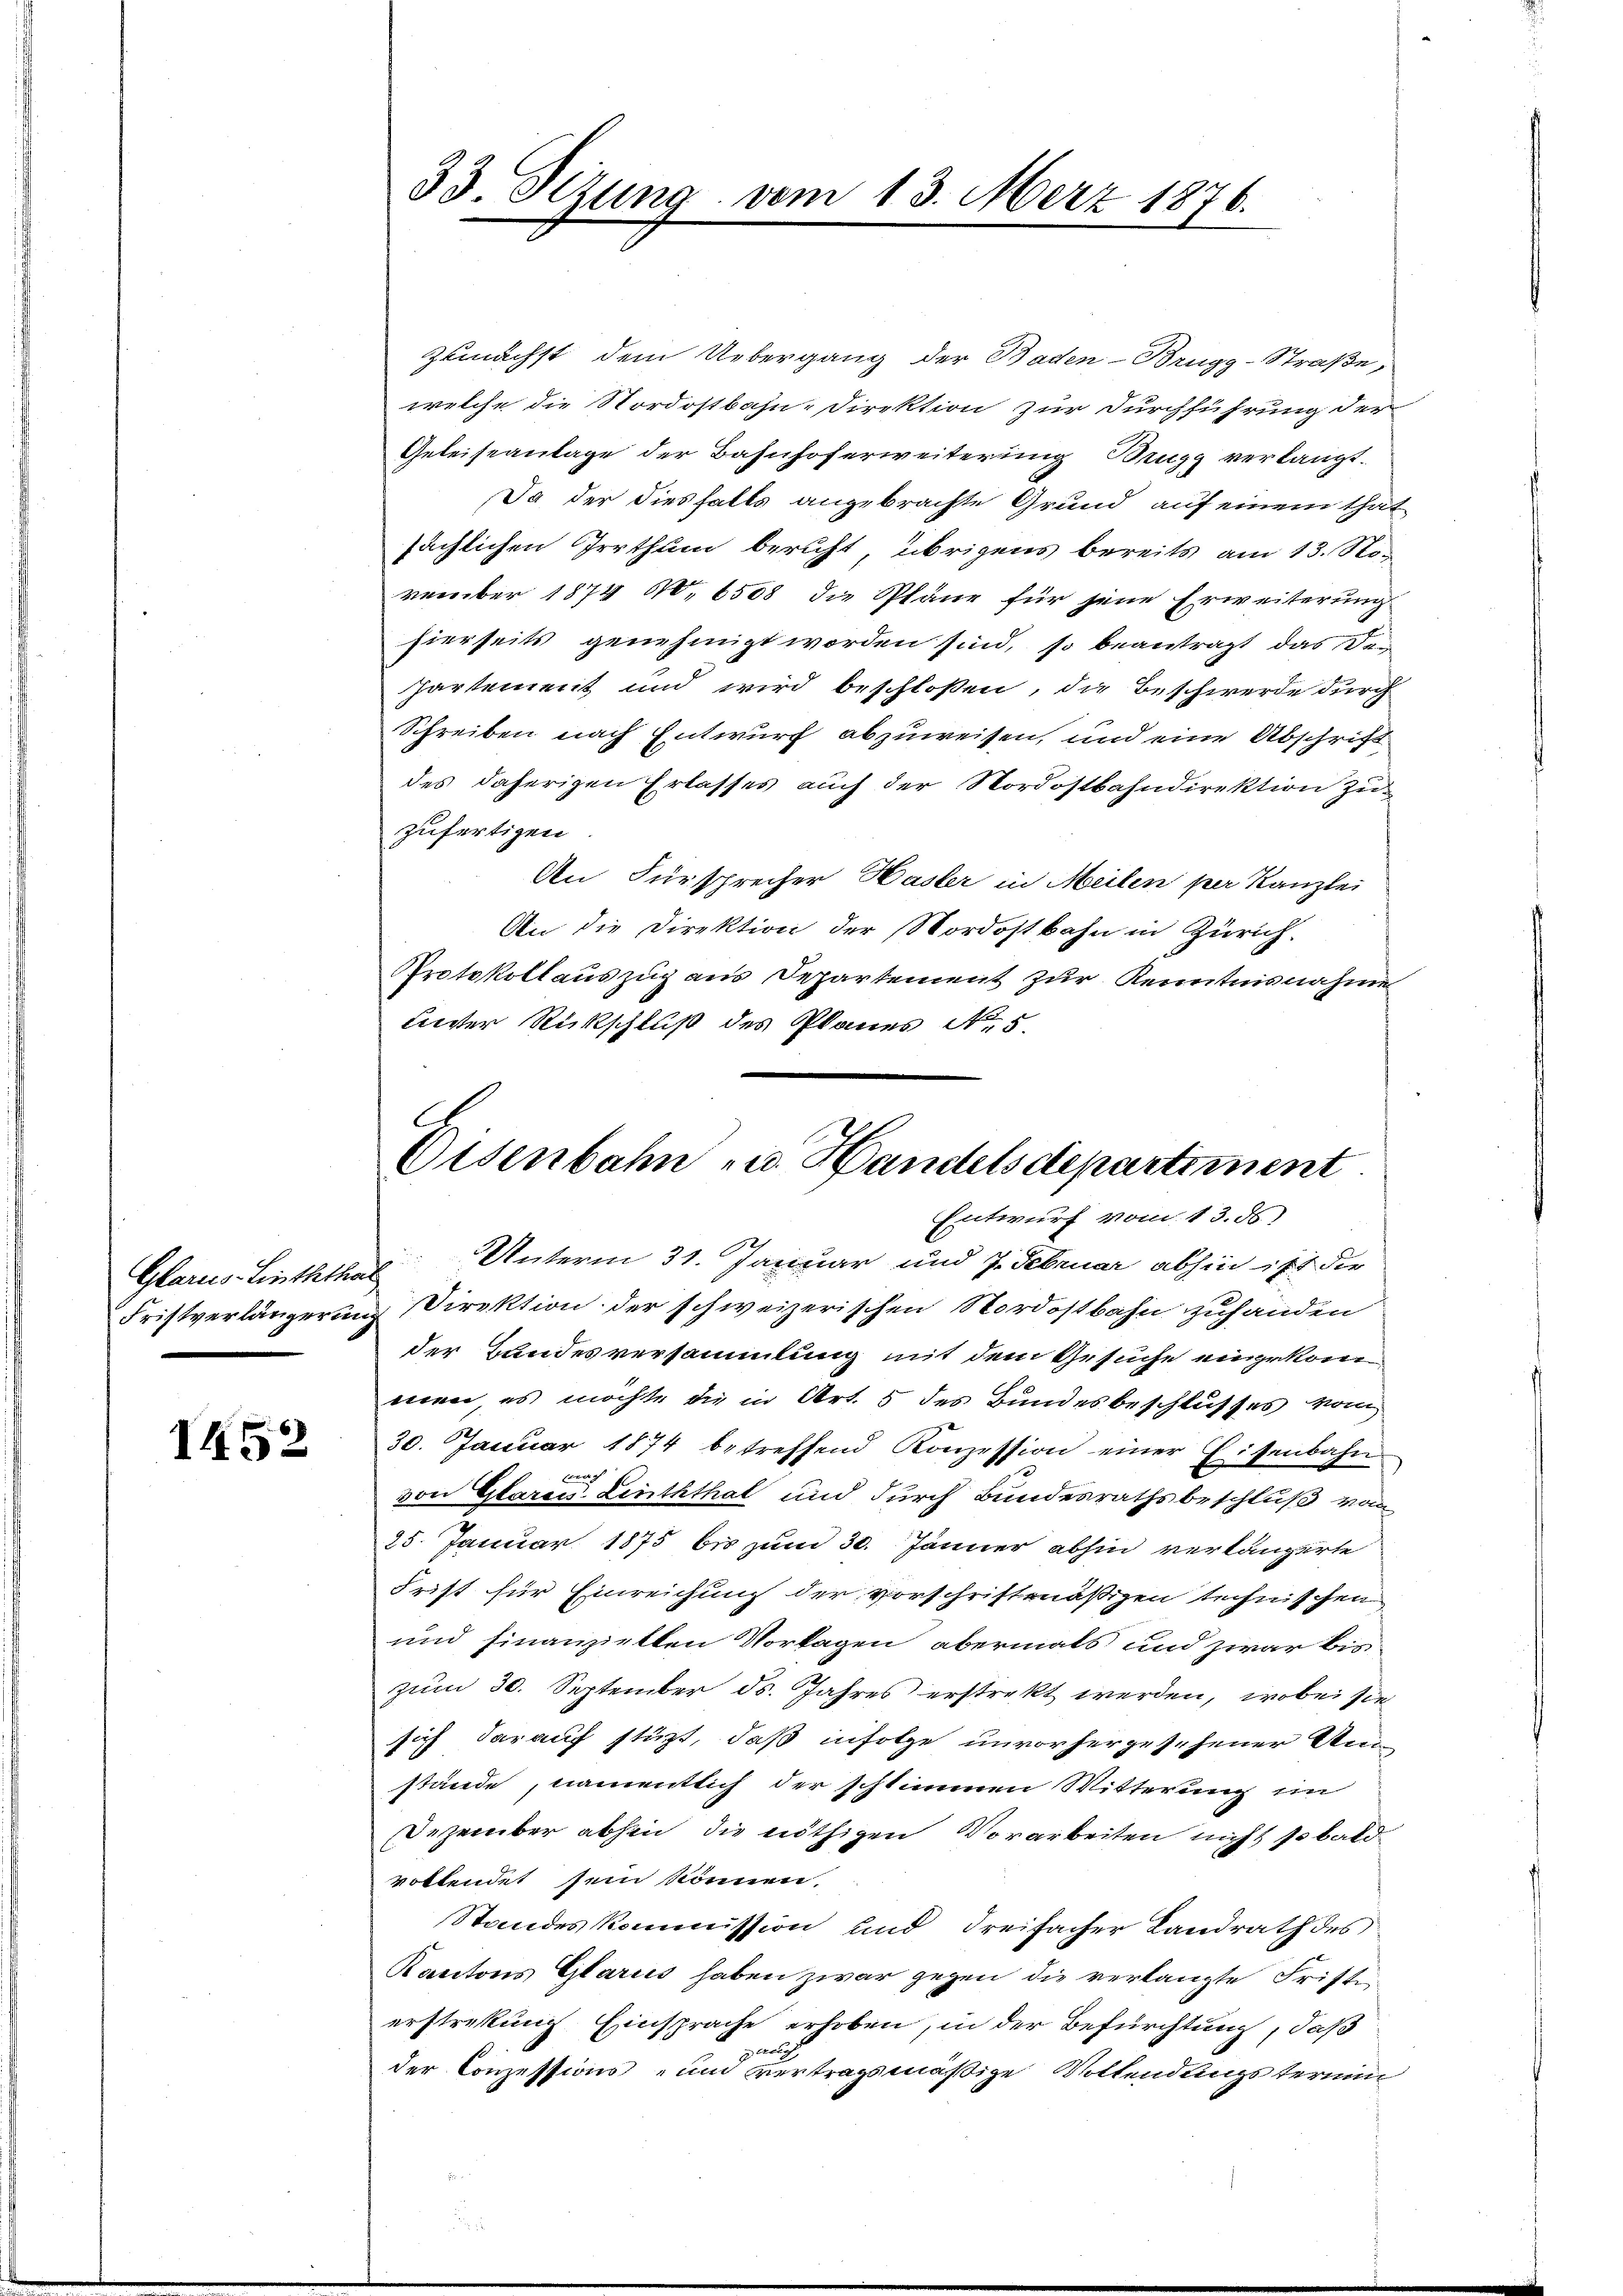
Glarus-Linththal

1452

Zunächst dem Uebergang der Baden-Brugg-Straße,
welche die Nordostbahn-Direktion zur Durchführung der
Geleiseanlage der Bahnhoferweiterung Brugg verlangt.
Ja der diesfalls angebrachte Grund auf einem That
sächlichen Irrthum beruht, übrigens bereits am 13. November 1874 60, 6508 die Pläne für jene Erweiterung
hierseits genehmigt worden sind, so beantragt das Dei
Partement und wird beschloßen, die Beschwerde durch
Schreiben nach Entwurf abzuweisen, und eine Abschrift
des daherigen Erlasses auch der Nordostbahndirektion zuzufertigen
An Fürsprecher Hasler in Meilen per Kanzlei
An die Direktion der Nordostbahn in Zürich.
Protokollauszug aus Departement zur Kenntnisnahme
Leister Rückschluß des Planes No. 5.

33. Setzung vom 13. März 1876.

9
Osenbahn zu Handelsdepartiment.
Entwurf vom 13. ds

Unterm 31. Januar und 7. Februar abhin ist die
Fristverlängerung Direktion der schweizerischen Nordostbahn zuhanden
der Handesversammlung mit dem Gesuche eingekommen, es möchte die in Art. 5 des Bundesbeschlusses vom
30. Januar 1874 betreffend Konzession einer Eisenbahn-
brach
von Glarois Linththal und durch Bundesrathsbeschluß vom
25. Januar 1875 bis zum 30. Jänner abhin verlängerte
Frist für Einreichung der vorschriftmäßigen technischen
und finanziellen Vorlagen abermals und zwar bis
zum 30. September ds. Jahres erstrekt werden, wobei sie
sich darauf stüzt, daß infolge unvorhergesehener An
stände, namentlich der schlimmen Witterung im
Dezember abhin die nöthigen Vorarbeiten nicht so bald
vollendet sein können.
Standeskommission und dreifacher Landrath des
Kantons Glarus haben zwar gegen die verlangte Fristi-
erstreckung Einsprache erhoben, in der Befürchtung, daß
perat
der Conzessions- und vertragsmäßige Vollendungstermin